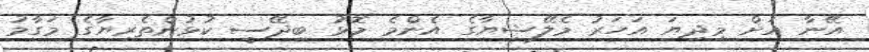
އޭނާ އަށް މިދިޔަ އަހަރު މެލޭޝިޔާގެ އެންމެ މޮޅު ބިދޭސީ ކުޅުންތެރިޔާގެ މަގާމު